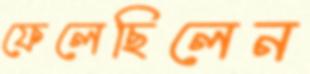
ফেলেছিলেন